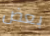
بعض